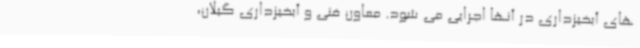
های آبخیزداری در آنها اجرایی می شود. معاون فنی و آبخیزداری گیلان،